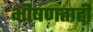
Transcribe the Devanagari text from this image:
भीषणताही